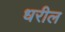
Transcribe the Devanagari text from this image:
धरील